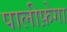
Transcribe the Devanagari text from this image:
पालीफ़ेगा